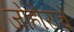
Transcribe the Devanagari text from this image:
जोहोराचे